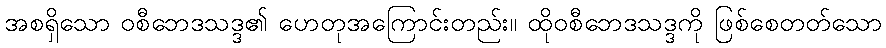
အစရှိသော ဝစီဘေဒသဒ္ဒ၏ ဟေတုအကြောင်းတည်း။ ထိုဝစီဘေဒသဒ္ဒကို ဖြစ်စေတတ်သော